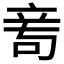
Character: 𥩭